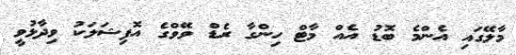
މާލޭގައި އެންމެ ބޮޑު އެއް މާޓް ހިންގާ ރެޑް ވޭވްގެ އޮފިޝަލަކު ވިދާޅުވީ